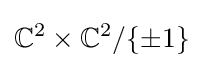
\mathbb {C} ^{2}\times \mathbb {C} ^{2}/\{\pm 1\}